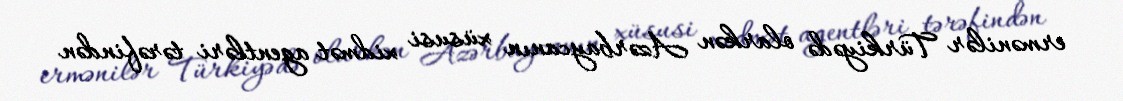
ermənilər Türkiyədə olarkən Azərbaycanın xüsusi xidmət agentləri tərəfindən